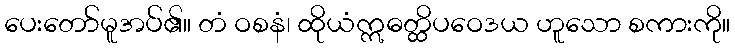
ပေးတော်မူအပ်၏။ တံ ဝစနံ၊ ထိုယံဣဓတ္ထိပဝေဒယ ဟူသော စကားကို။